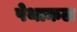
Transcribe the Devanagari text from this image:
पेथाकल